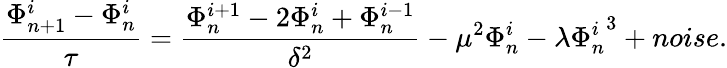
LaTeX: \frac{\Phi_{n+1}^{i}-\Phi_{n}^{i}}{\tau}=\frac{\Phi_{n}^{i+1}-2\Phi_{n}^{i}+\Phi_{n}^{i-1}}{\delta^{2}}-\mu^{2}\Phi_{n}^{i}-\lambda{\Phi_{n}^{i}}^{3}+noise.